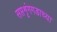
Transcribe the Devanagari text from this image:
सप्तशृंगगडाच्या